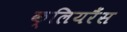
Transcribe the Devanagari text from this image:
क्लियरैंस